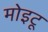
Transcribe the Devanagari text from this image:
मोइटू